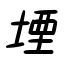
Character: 堙